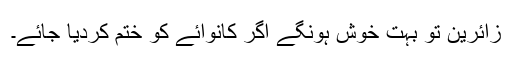
زائرین تو بہت خوش ہونگے آگر کانوائے کو ختم کردیا جائے۔